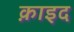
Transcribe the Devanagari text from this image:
क़ाइद